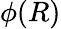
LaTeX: \phi(R)